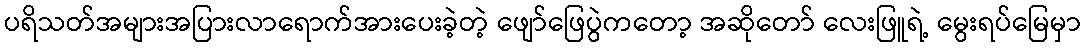
ပရိသတ်အများအပြားလာရောက်အားပေးခဲ့တဲ့ ဖျော်ဖြေပွဲကတော့ အဆိုတော် လေးဖြူရဲ့ မွေးရပ်မြေမှာ